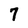
Character: 7